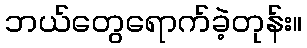
ဘယ်တွေရောက်ခဲ့တုန်း။